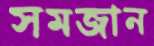
সমজান